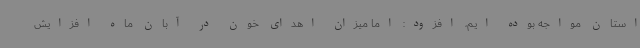
استان مواجه بوده ایم، افزود: اما میزان اهدای خون در آبان ماه افزایش